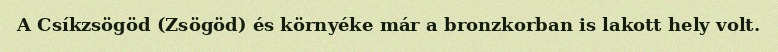
A Csíkzsögöd (Zsögöd) és környéke már a bronzkorban is lakott hely volt.